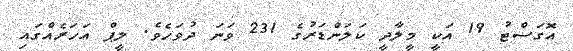
އޮގަސްޓު 19 އަކީ މީލާދީ ކަލަންޑަރުގެ 231 ވަނަ ދުވަހެވެ. ލީޕް އަހަރެއްގައި